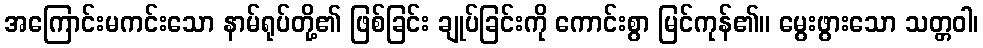
အကြောင်းမကင်းသော နာမ်ရုပ်တို့၏ ဖြစ်ခြင်း ချုပ်ခြင်းကို ကောင်းစွာ မြင်ကုန်၏။ မွေးဖွားသော သတ္တဝါ၊